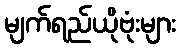
မျက်ရည်ယိုဗုံးများ